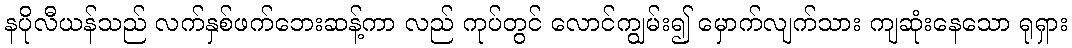
နပိုလီယန်သည် လက်နှစ်ဖက်ဘေးဆန့်ကာ လည် ကုပ်တွင် လောင်ကျွမ်း၍ မှောက်လျက်သား ကျဆုံးနေသော ရုရှား